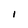
Character: l